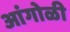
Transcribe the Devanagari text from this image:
आंगोळी